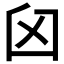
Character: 𦥓